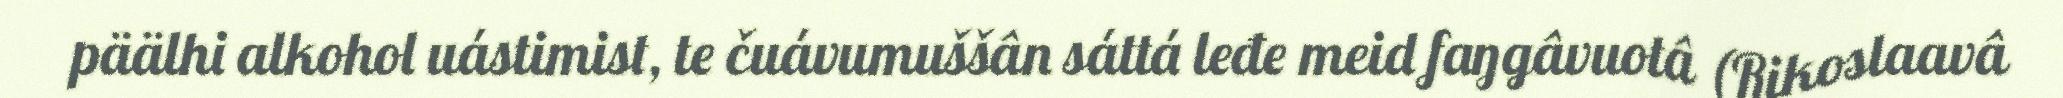
päälhi alkohol uástimist, te čuávumuššân sáttá leđe meid faŋgâvuotâ (Rikoslaavâ